Vaccination in Burma 1920-1933 - 1920-1933
Year: 1920
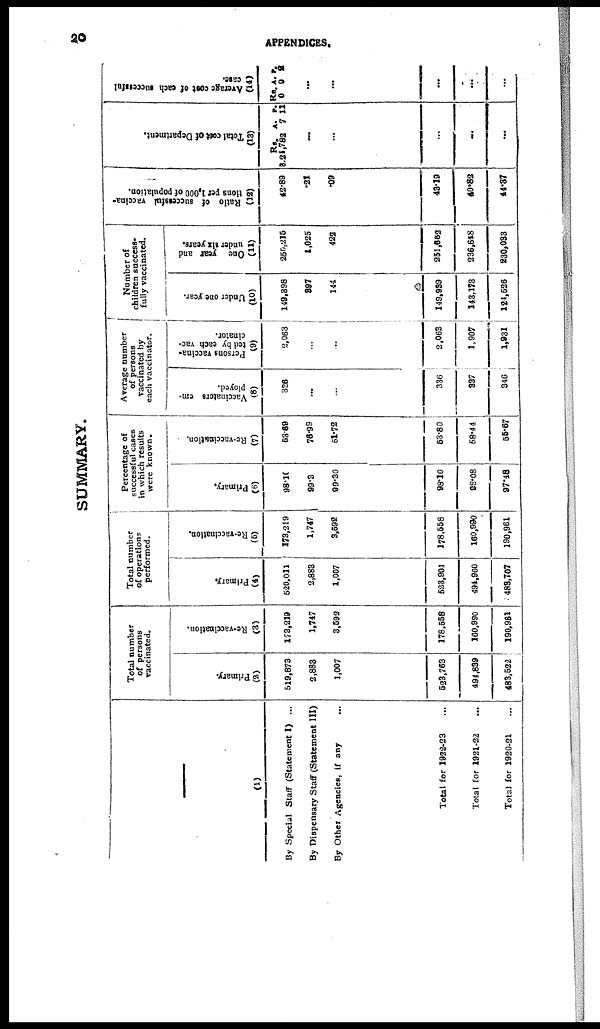
20
APPENDICES.
SUMMARY.
—
(1)
By Special Staff (Statement I) ...
By Dispensary Staff (Statement III)
By Other Agencies, if any ...
Total for 1922-23 ...
Total for 1921-22 ...
Total for 1920-21 ...
Total number
of persons
vaccinated.
Primary.
(2)
519,873
2,883
1,007
523,763
494,839
483,522
Re-vaccination.
(3)
173,219
1,747
3,592
178,558
160,990
190,961
Total number
of operations
performed.
Primary.
(4)
520,011
2,883
1,007
528,901
494,960
483,707
Re-vaccination.
(5)
173,219
1,747
3,592
178,558
160,990
190,961
Percentage of
successful cases
in which results
were known.
Primary.
(6)
98.10
99.3
99.30
98.10
98.08
97.48
Re-vaccination.
(7)
53.69
76.99
51.72
53.80
58.44
55.67
Average number
of persons
vaccinated by
each vaccinator.
Vaccinators em-
ployed.
(8)
336
...
...
336
337
346
Persons vaccina-
ted by each vac-
cinator.
(9)
2,063
...
...
2,063
1,907
1,931
Number of
children success¬
fully vaccinated.
Under one year.
(10)
149,398
397
144
149,939
143,173
124,526
One year and
under six years.
(11)
250,215
1,025
422
251,652
236,648
230,033
Ratio of successful vaccina-
tions per 1,000 of population.
(12)
42.89
.21
.09
43.19
40.82
44.37
Total coat of Department.
(13)
Rs.
8,24,782
A.
7
P.
11
...
...
...
...
...
Average cost of each successful
case.
(14)
Rs.
0
A.
9
P.
2
...
...
...
...
...